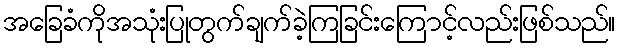
အခြေခံကိုအသုံးပြုတွက်ချက်ခဲ့ကြခြင်းကြောင့်လည်းဖြစ်သည်။